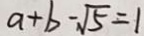
a + b - \sqrt { 5 } = 1